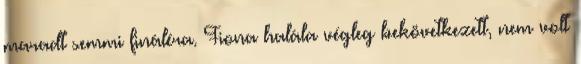
maradt semmi fináléra. Fiona halála végleg bekövetkezett, nem volt